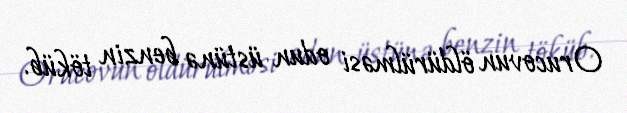
Orucovun öldürülməsi odun üstünə benzin töküb.